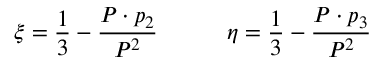
\xi = { \frac { 1 } { 3 } } - { \frac { P \cdot p _ { 2 } } { P ^ { 2 } } } \qquad \quad \eta = { \frac { 1 } { 3 } } - { \frac { P \cdot p _ { 3 } } { P ^ { 2 } } }